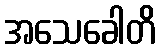
အသေခေါတိ